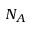
N _ { A }